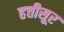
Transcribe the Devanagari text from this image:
हत्तीसूर